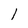
Character: l